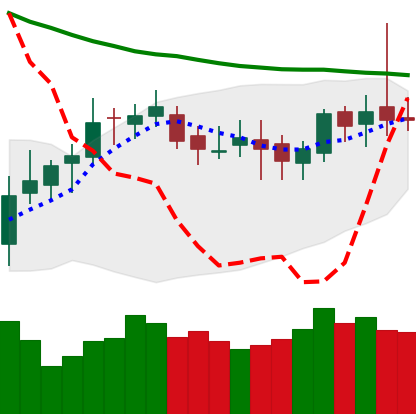
Ticker: DOGE-USD
Chart end date: 2019-03-31
Forward return: 72.596%
Label: up_7plus